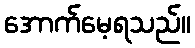
အောက်မေ့ရသည်။